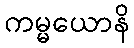
ကမ္မယောနိ